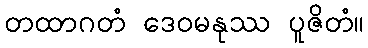
တထာဂတံ ဒေဝမနုဿ ပူဇိတံ။